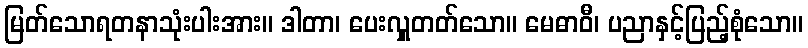
မြတ်သောရတနာသုံးပါးအား။ ဒါတာ၊ ပေးလှူတတ်သော။ မေဓာဝီ၊ ပညာနှင့်ပြည့်စုံသော။